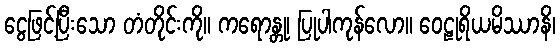
ငွေဖြင့်ပြီးသော တံတိုင်းကို။ ကရောန္တု၊ ပြုပါကုန်လော။ ဝေဠုရိယမိဿာနိ၊